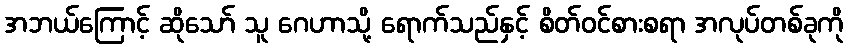
အဘယ်ကြောင့် ဆိုသော် သူ ဂေဟာသို့ ရောက်သည်နှင့် စိတ်ဝင်စားစရာ အလုပ်တစ်ခုကို